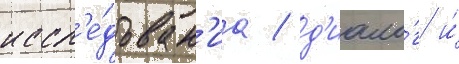
иссл'е́дован'иа / д'иало́г и́